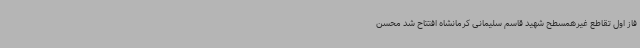
فاز اول تقاطع غیرهمسطح شهید قاسم سلیمانی کرمانشاه افتتاح شد محسن